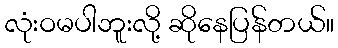
လုံးဝမပါဘူးလို့ ဆိုနေပြန်တယ်။